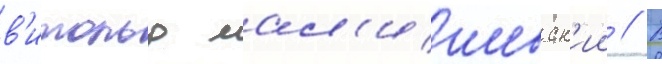
в'итольд мал'ишевск'ии // В